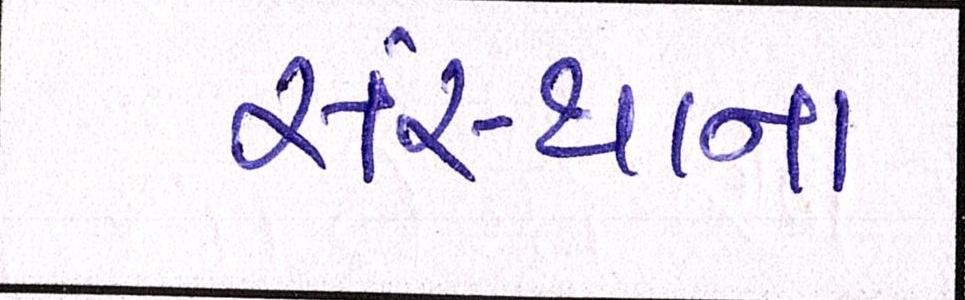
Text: સંસ્થાના